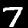
Label: 7